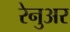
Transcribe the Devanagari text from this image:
रेनुअर